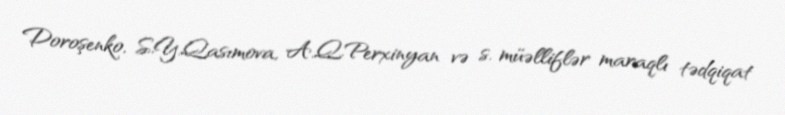
Doroşenko, S.Y.Qasımova, A.Q.Perxinyan və s. müəlliflər maraqlı tədqiqat